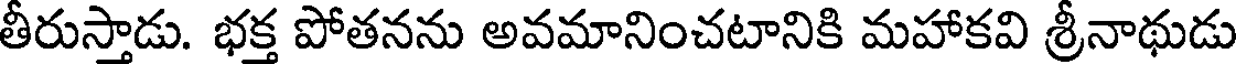
తీరుస్తాడు. భక్త పోతనను అవమానించటానికి మహాకవి శ్రీనాథుడు